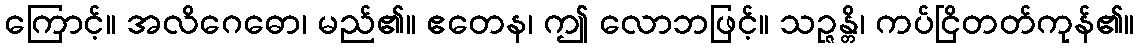
ကြောင့်။ အလိဂေဓော၊ မည်၏။ ဧတေန၊ ဤ လောဘဖြင့်။ သဉ္ဇန္တိ၊ ကပ်ငြိတတ်ကုန်၏။